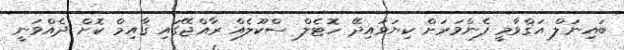
ބައިނަލް އަޤްވާމީ ފެންވަރަށް ކިޔަވައިދޭ ހޮޓެލް ސްކޫލެއް ރާއްޖޭގައި ޤާއިމް ކޮށް ދެއްވަނީ